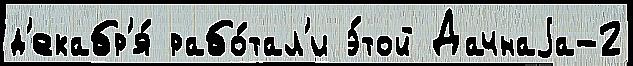
д'екабр'я́ рабо́тал'и э́той Дачнаjа-2